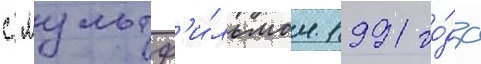
с мультф'и́льмом 1991 го́да